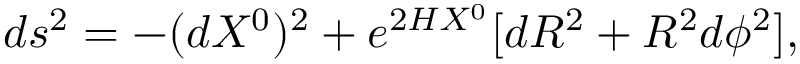
d s ^ { 2 } = - ( d X ^ { 0 } ) ^ { 2 } + e ^ { 2 H X ^ { 0 } } [ d R ^ { 2 } + R ^ { 2 } d \phi ^ { 2 } ] ,